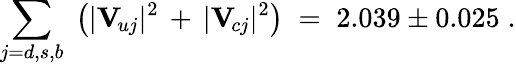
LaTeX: \sum_{j=d,s,b}\; \left(|\mathbf{V}_{\! uj}|^{2}\, +\, |\mathbf{V}_{\! cj}|^{2}\right)\; =\; 2.039\pm 0.025\; .